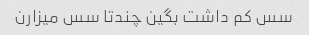
سس کم داشت بگین چندتا سس میزارن